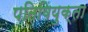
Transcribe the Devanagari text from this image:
पतिवियुक्ता